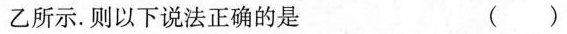
乙所示。则以下说法正确的是 ( )